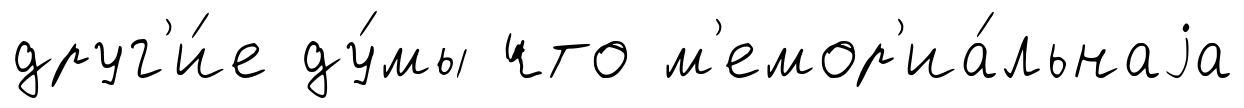
друг'и́е ду́мы что м'емор'иа́льнаjа